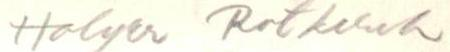
Holger Rotkirch